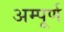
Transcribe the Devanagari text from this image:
अम्पूर्ण